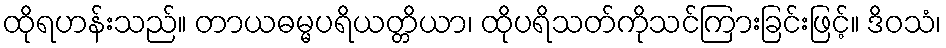
ထိုရဟန်းသည်။ တာယဓမ္မပရိယတ္တိယာ၊ ထိုပရိသတ်ကိုသင်ကြားခြင်းဖြင့်။ ဒိဝသံ၊